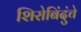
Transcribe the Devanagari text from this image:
शिरोबिंदुंचे